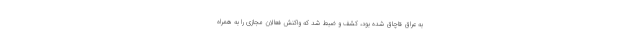
به عراق قاچاق شده بود، کشف و ضبط شد که واکنش فعالان مجازی را به همراه